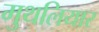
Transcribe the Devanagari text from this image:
मुथलियार